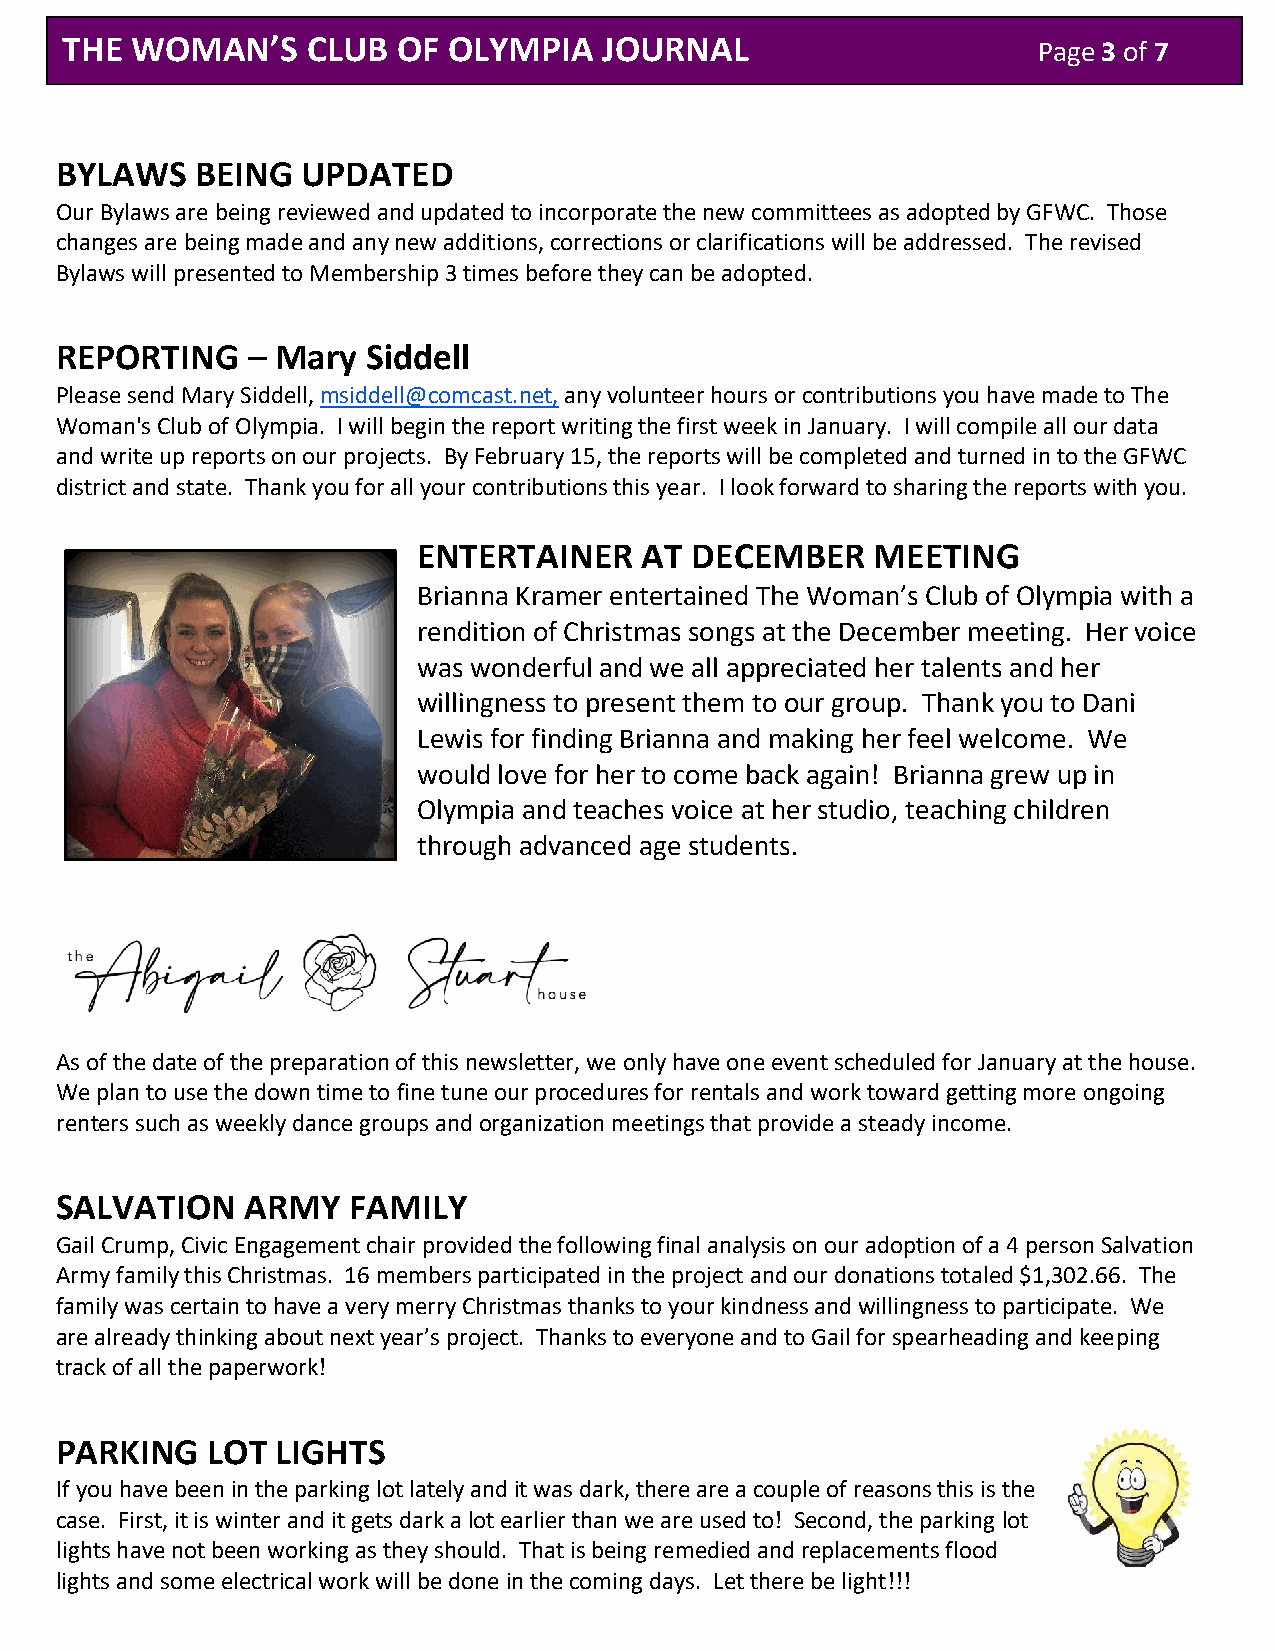
THE  WOMAN’S    CLUB  OF  OLYMPIA   JOURNAL                      Page 3 of 7
 BYLAWS   BEING  UPDATED
 Our Bylaws are being reviewed and updated to incorporate the new committees as adopted by GFWC. Those
 changes are being made and any new additions, corrections or clarifications will be addressed. The revised
 Bylaws will presented to Membership 3 times before they can be adopted.
 REPORTING   – Mary  Siddell
 Please send Mary Siddell, msiddell@comcast.net, any volunteer hours or contributions you have made to The
 Woman's Club of Olympia. I will begin the report writing the first week in January. I will compile all our data
 and write up reports on our projects. By February 15, the reports will be completed and turned in to the GFWC
 district and state. Thank you for all your contributions this year. I look forward to sharing the reports with you.
 ENTERTAINER   AT  DECEMBER    MEETING
 Brianna Kramer entertained The Woman’s Club of Olympia with a
 rendition of Christmas songs at the December meeting. Her voice
 was wonderful and we all appreciated her talents and her
 willingness to present them to our group. Thank you to Dani
 Lewis for finding Brianna and making her feel welcome. We
 would love for her to come back again! Brianna grew up in
 Olympia and teaches voice at her studio, teaching children
 through advanced age students.
 As of the date of the preparation of this newsletter, we only have one event scheduled for January at the house.
 We plan to use the down time to fine tune our procedures for rentals and work toward getting more ongoing
 renters such as weekly dance groups and organization meetings that provide a steady income.
 SALVATION   ARMY   FAMILY
 Gail Crump, Civic Engagement chair provided the following final analysis on our adoption of a 4 person Salvation
 Army family this Christmas. 16 members participated in the project and our donations totaled $1,302.66. The
 family was certain to have a very merry Christmas thanks to your kindness and willingness to participate. We
 are already thinking about next year’s project. Thanks to everyone and to Gail for spearheading and keeping
 track of all the paperwork!
 PARKING   LOT LIGHTS
 If you have been in the parking lot lately and it was dark, there are a couple of reasons this is the
 case. First, it is winter and it gets dark a lot earlier than we are used to! Second, the parking lot
 lights have not been working as they should. That is being remedied and replacements flood
 lights and some electrical work will be done in the coming days. Let there be light!!!